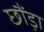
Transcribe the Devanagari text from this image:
छौंड़ा